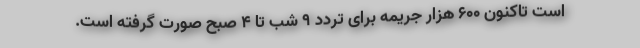
است تاکنون ۶۰۰ هزار جریمه برای تردد ۹ شب تا ۴ صبح صورت گرفته است.